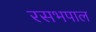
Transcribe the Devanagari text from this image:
रसभपाल